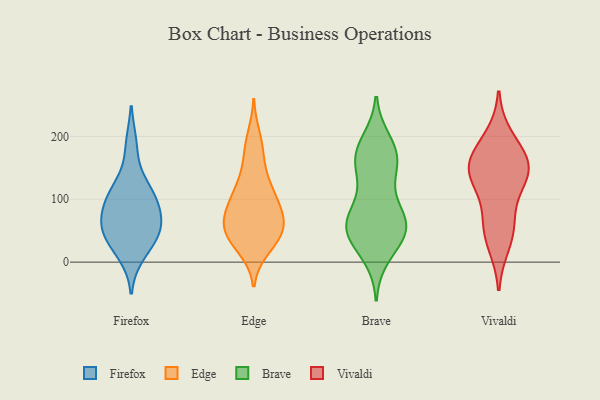
{"axis": {"x": "Latency (ms)", "y": "Value"}, "legend": ["Brave", "Edge", "Firefox", "Vivaldi"], "data": [{"x": "", "y": 113, "type": "Firefox"}, {"x": "", "y": 36, "type": "Firefox"}, {"x": "", "y": 57, "type": "Firefox"}, {"x": "", "y": 101, "type": "Firefox"}, {"x": "", "y": 12, "type": "Firefox"}, {"x": "", "y": 120, "type": "Firefox"}, {"x": "", "y": 186, "type": "Firefox"}, {"x": "", "y": 45, "type": "Firefox"}, {"x": "", "y": 83, "type": "Firefox"}, {"x": "", "y": 76, "type": "Firefox"}, {"x": "", "y": 50, "type": "Firefox"}, {"x": "", "y": 38, "type": "Edge"}, {"x": "", "y": 115, "type": "Edge"}, {"x": "", "y": 22, "type": "Edge"}, {"x": "", "y": 28, "type": "Edge"}, {"x": "", "y": 80, "type": "Edge"}, {"x": "", "y": 39, "type": "Edge"}, {"x": "", "y": 122, "type": "Edge"}, {"x": "", "y": 60, "type": "Edge"}, {"x": "", "y": 54, "type": "Edge"}, {"x": "", "y": 126, "type": "Edge"}, {"x": "", "y": 50, "type": "Edge"}, {"x": "", "y": 58, "type": "Edge"}, {"x": "", "y": 165, "type": "Edge"}, {"x": "", "y": 199, "type": "Edge"}, {"x": "", "y": 98, "type": "Edge"}, {"x": "", "y": 68, "type": "Edge"}, {"x": "", "y": 94, "type": "Edge"}, {"x": "", "y": 78, "type": "Edge"}, {"x": "", "y": 180, "type": "Edge"}, {"x": "", "y": 69, "type": "Brave"}, {"x": "", "y": 162, "type": "Brave"}, {"x": "", "y": 155, "type": "Brave"}, {"x": "", "y": 101, "type": "Brave"}, {"x": "", "y": 67, "type": "Brave"}, {"x": "", "y": 177, "type": "Brave"}, {"x": "", "y": 57, "type": "Brave"}, {"x": "", "y": 28, "type": "Brave"}, {"x": "", "y": 52, "type": "Brave"}, {"x": "", "y": 55, "type": "Brave"}, {"x": "", "y": 71, "type": "Brave"}, {"x": "", "y": 178, "type": "Brave"}, {"x": "", "y": 54, "type": "Brave"}, {"x": "", "y": 10, "type": "Brave"}, {"x": "", "y": 192, "type": "Brave"}, {"x": "", "y": 162, "type": "Brave"}, {"x": "", "y": 136, "type": "Brave"}, {"x": "", "y": 40, "type": "Brave"}, {"x": "", "y": 125, "type": "Vivaldi"}, {"x": "", "y": 155, "type": "Vivaldi"}, {"x": "", "y": 29, "type": "Vivaldi"}, {"x": "", "y": 140, "type": "Vivaldi"}, {"x": "", "y": 61, "type": "Vivaldi"}, {"x": "", "y": 60, "type": "Vivaldi"}, {"x": "", "y": 138, "type": "Vivaldi"}, {"x": "", "y": 198, "type": "Vivaldi"}, {"x": "", "y": 168, "type": "Vivaldi"}, {"x": "", "y": 158, "type": "Vivaldi"}]}